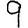
Digit: 9